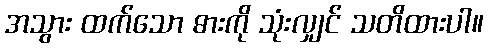
အသွား ထက်သော ဓားကို သုံးလျှင် သတိထားပါ။